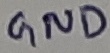
Text: GND